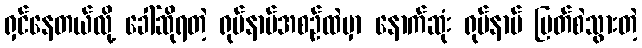
ရှင်နေတယ်လို့ ခေါ်ဆိုရတဲ့ ရုပ်နာမ်အစဉ်ထဲမှာ နောက်ဆုံး ရုပ်နာမ် ပြတ်စဲသွားတဲ့